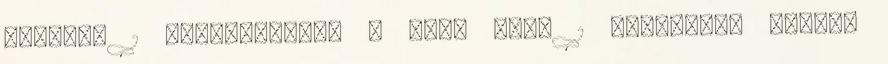
ambrose 1 amerikaifoci 5 andy weir 1 baltimore ravens